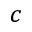
c